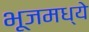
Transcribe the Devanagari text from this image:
भूजमध्ये